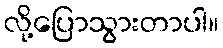
လို့ပြောသွားတာပါ။